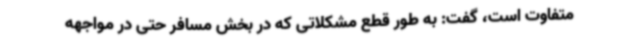
متفاوت است، گفت: به طور قطع مشکلاتی که در بخش مسافر حتی در مواجهه